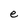
Character: e